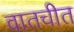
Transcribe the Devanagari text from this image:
वातचीत